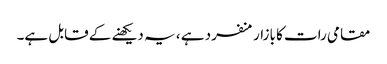
مقامی رات کا بازار منفرد ہے ، یہ دیکھنے کے قابل ہے۔